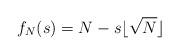
LaTeX: \begin{align*}f_N(s) = N - s\lfloor\sqrt N\rfloor\end{align*}